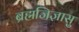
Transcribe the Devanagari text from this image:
ब्रह्मजिज्ञासु